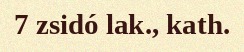
7 zsidó lak., kath.